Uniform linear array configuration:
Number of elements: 32
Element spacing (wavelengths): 0.5
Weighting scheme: kaiser
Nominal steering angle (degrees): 15
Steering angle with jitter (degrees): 13.929
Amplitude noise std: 0.05
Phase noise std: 0.05

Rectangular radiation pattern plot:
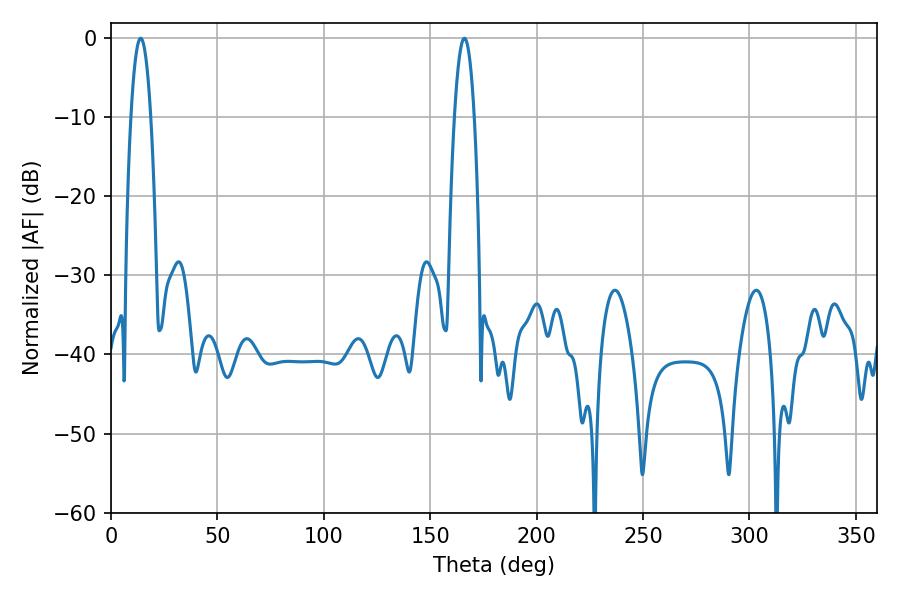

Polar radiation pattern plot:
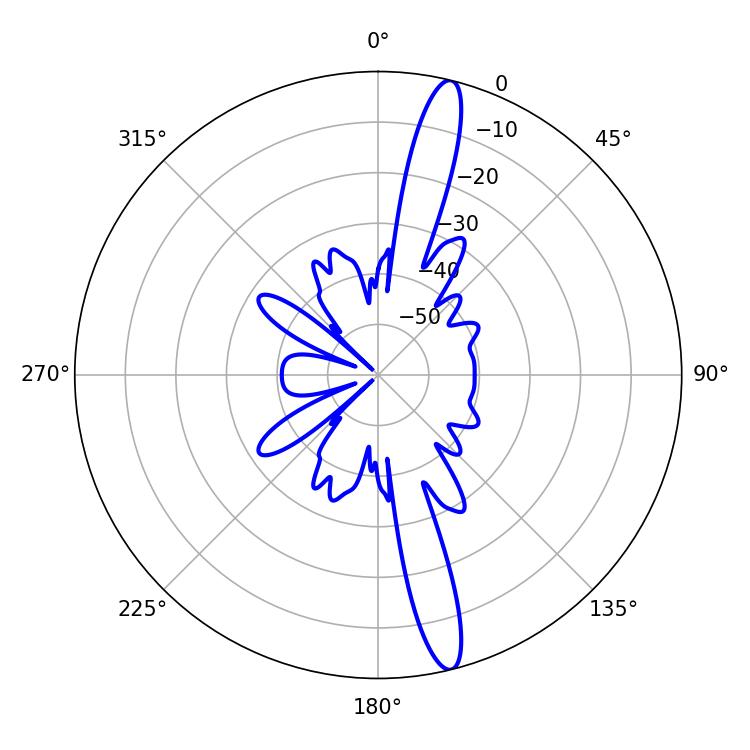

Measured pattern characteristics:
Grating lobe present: FALSE
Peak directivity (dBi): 16.302
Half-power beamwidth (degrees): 5.22
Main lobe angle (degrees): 13.86